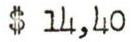
$ 14,40